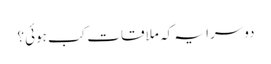
دوسرا یہ کہ ملاقات کب ہوئی؟